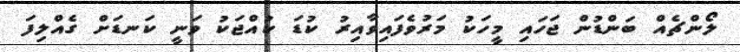
ލޯންޗެއް ބަންޑުން ޖަހައި މީހަކު މަރުވެފައިވާއިރު ކުޑަ ކުއްޖަކު ވަނީ ކަނޑަށް ގެއްލިފަ